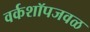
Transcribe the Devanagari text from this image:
वर्कशॉपजवळ